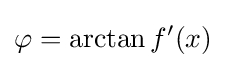
\varphi =\arctan f'(x)